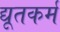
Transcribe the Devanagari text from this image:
द्यूतकर्म